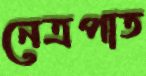
নেত্রপাত